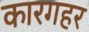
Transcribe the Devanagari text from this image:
कारगहर